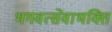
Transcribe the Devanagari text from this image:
भगवत्सेवाभक्ति